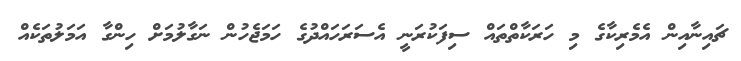
ޗައިނާއިން އެމެރިކާގެ މި ހަރަކާތްތައް ސިފަކުރަނީ އެސަރަހައްދުގެ ހަމަޖެހުން ނަގާލުމަށް ހިންގާ އަމަލުތަކެއް